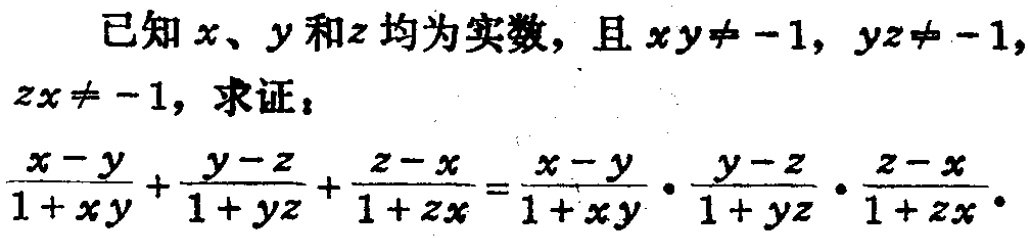
已知\(x\)、\(y\)和\(z\)均为实数，且\(xy\neq -1\)，\(yz\neq -1\)，\(zx\neq -1\)，求证：

\(\frac{x - y}{1 + xy}+\frac{y - z}{1 + yz}+\frac{z - x}{1 + zx}=\frac{x - y}{1 + xy}\cdot\frac{y - z}{1 + yz}\cdot\frac{z - x}{1 + zx}\)